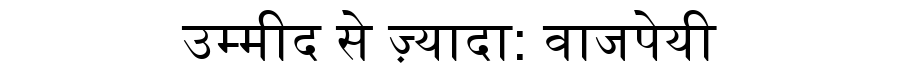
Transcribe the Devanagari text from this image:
उम्मीद से ज़्यादा: वाजपेयी